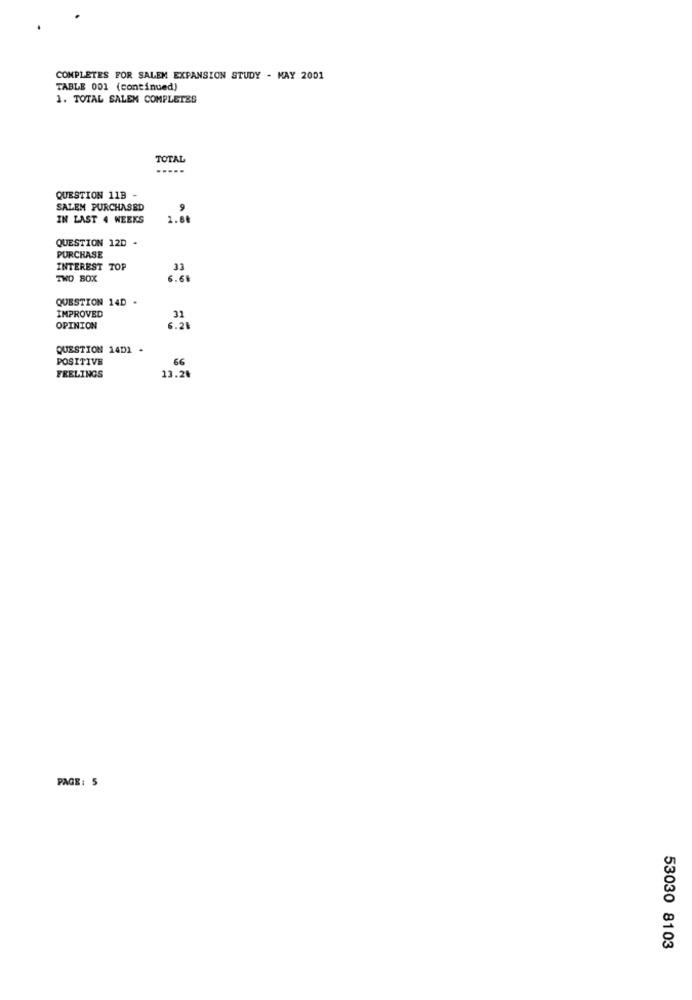
COMPLETES FOR SALEM EXPANSION STUDY - MAY 2001
TABLE 001 (continued)
1. TOTAL SALEM COMPLETES
TOTAL
.....
QUESTION 11B -
SALEM PURCHASED
9
IN LAST 4 WEEKS
2.80
QUESTION 120 .
PURCHASE
INTEREST TOP
33
TWD BOX
6.61
QUESTION 14D -
31
IMPROVED
6.28
OPINION
QUESTION 14DI -
POSITIVE
66
13.24
FEELINGS
PAGE: 5
53030 8103